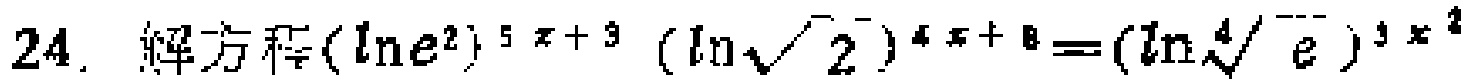
$24.\ 解方程(\ln e^{2})^{5x + 3}(\ln\sqrt{2})^{4x + 8}=(\ln\sqrt[4]{e})^{3x^{2}}$